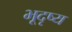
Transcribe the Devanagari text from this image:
भूदृष्य